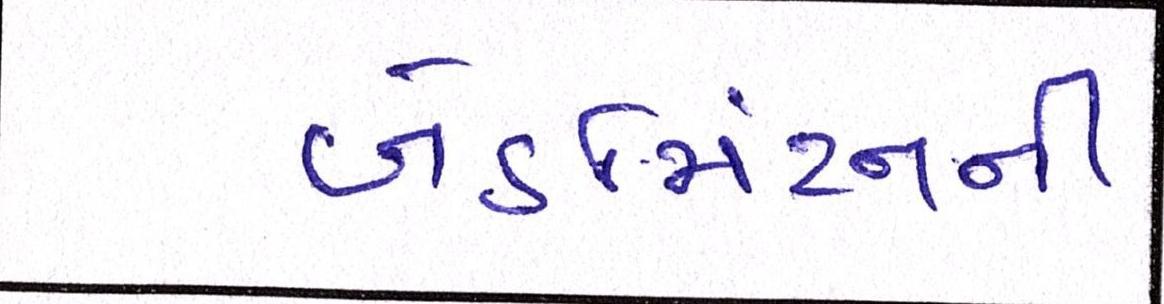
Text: બેડમિંટનની